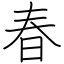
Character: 春